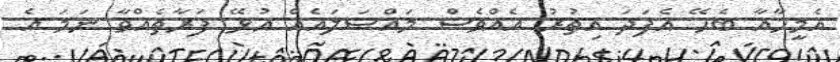
އެމީހާއާ ބެހޭ އެފަދަ އިތުރު އެއްވެސް މައްސަލައެއް އުޅޭ ފަރާތެއްވާ ނަމަ އެ